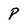
Character: p